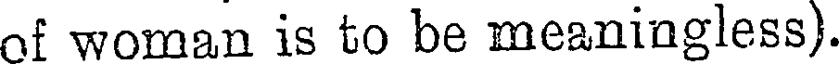
of woman is to be meaningless).